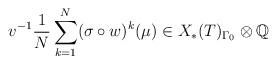
LaTeX: \begin{align*}v^{-1}\frac 1N\sum_{k=1}^N (\sigma\circ w)^k(\mu)\in X_\ast(T)_{\Gamma_0}\otimes \mathbb Q\end{align*}